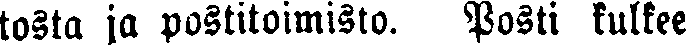
tosta ja postitoimisto. Posti kulkee